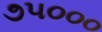
૭૫૦૦૦